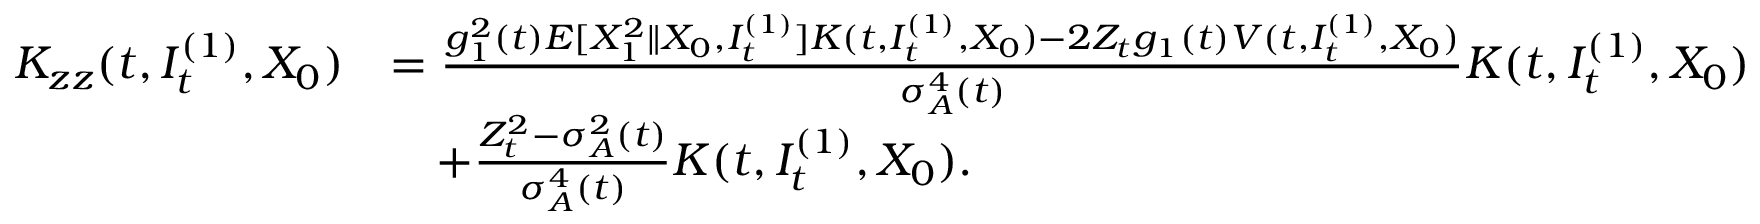
\begin{array} { r l } { K _ { z z } ( t , I _ { t } ^ { ( 1 ) } , X _ { 0 } ) } & { = \frac { g _ { 1 } ^ { 2 } ( t ) E [ X _ { 1 } ^ { 2 } \| X _ { 0 } , I _ { t } ^ { ( 1 ) } ] K ( t , I _ { t } ^ { ( 1 ) } , X _ { 0 } ) - 2 Z _ { t } g _ { 1 } ( t ) V ( t , I _ { t } ^ { ( 1 ) } , X _ { 0 } ) } { \sigma _ { A } ^ { 4 } ( t ) } K ( t , I _ { t } ^ { ( 1 ) } , X _ { 0 } ) } \\ & { \quad + \frac { Z _ { t } ^ { 2 } - \sigma _ { A } ^ { 2 } ( t ) } { \sigma _ { A } ^ { 4 } ( t ) } K ( t , I _ { t } ^ { ( 1 ) } , X _ { 0 } ) . } \end{array}